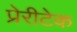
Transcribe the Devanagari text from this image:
प्रेरीटेक